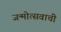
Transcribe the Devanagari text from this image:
जन्मोत्सवाची